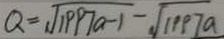
Q = \sqrt { 1 9 9 7 a - 1 } - \sqrt { 1 9 9 7 a }